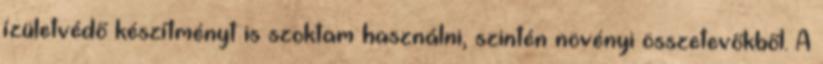
ízületvédő készítményt is szoktam használni, szintén növényi összetevőkből. A